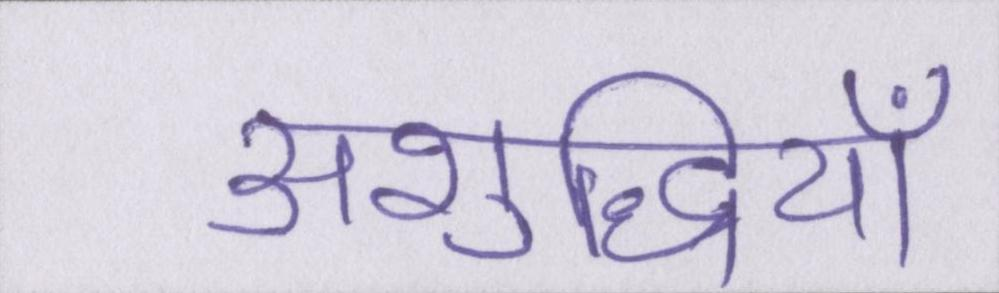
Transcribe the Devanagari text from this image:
अशुद्धियाँ